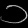
Digit: ၁